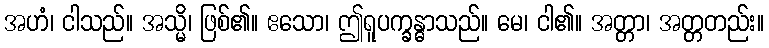
အဟံ၊ ငါသည်။ အသ္မိ၊ ဖြစ်၏။ ဧသော၊ ဤရူပက္ခန္ဓာသည်။ မေ၊ ငါ၏။ အတ္တာ၊ အတ္တတည်း။